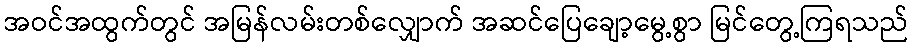
အဝင်အထွက်တွင် အမြန်လမ်းတစ်လျှောက် အဆင်ပြေချော့မွေ့စွာ မြင်တွေ့ကြရသည်